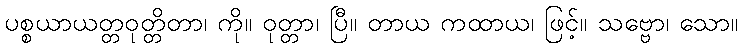
ပစ္စယာယတ္တဝုတ္တိတာ၊ ကို။ ဝုတ္တာ၊ ပြီ။ တာယ ကထာယ၊ ဖြင့်။ သဗ္ဗော၊ သော။